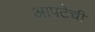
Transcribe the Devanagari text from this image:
आपटेची